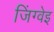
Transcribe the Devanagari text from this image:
जिंग्वेइ